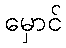
မှောင်